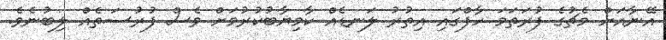
އޭނާއަށް މެޗުގެ ފުރަތަމަ ހާފްގައި އިތުރު ލަނޑެއް ކާމިޔާބުކުރުމަށް ވެސް ފުރުސަތެއް ލިބުނެވެ.